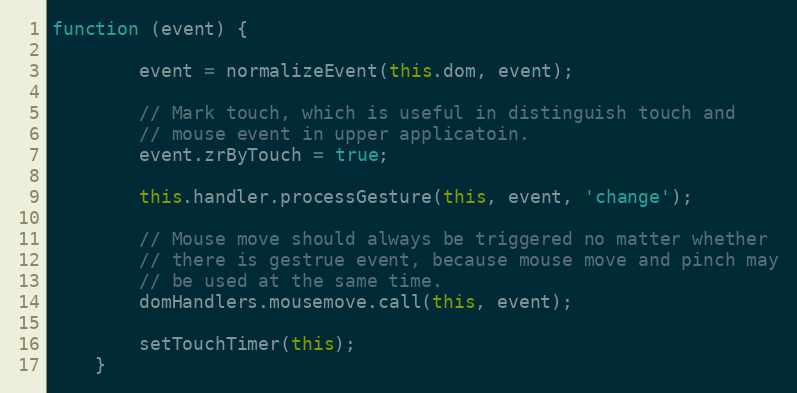
Language: JavaScript
function (event) {

        event = normalizeEvent(this.dom, event);

        // Mark touch, which is useful in distinguish touch and
        // mouse event in upper applicatoin.
        event.zrByTouch = true;

        this.handler.processGesture(this, event, 'change');

        // Mouse move should always be triggered no matter whether
        // there is gestrue event, because mouse move and pinch may
        // be used at the same time.
        domHandlers.mousemove.call(this, event);

        setTouchTimer(this);
    }